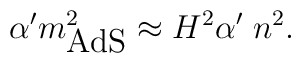
\alpha' m^2_{\mbox{AdS}}\approx H^2\alpha'\;n^2.